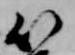
以